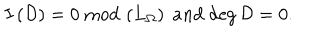
LaTeX: I \left( { \cal D } \right) = 0 \; \mathrm { m o d } \, \left( L _ { \Omega } \right) \; a n d \; \mathrm { d e g } \, { \cal D } = 0 .